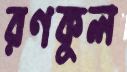
রণকুল